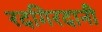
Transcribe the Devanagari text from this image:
रदगिरदानी